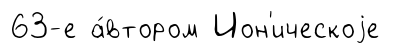
63-е а́втором Ион'ическоjе